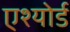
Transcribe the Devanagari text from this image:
एश्योर्ड